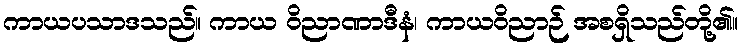
ကာယပသာဒသည်။ ကာယ ဝိညာဏာဒီနံ၊ ကာယဝိညာဉ် အစရှိသည်တို့၏။